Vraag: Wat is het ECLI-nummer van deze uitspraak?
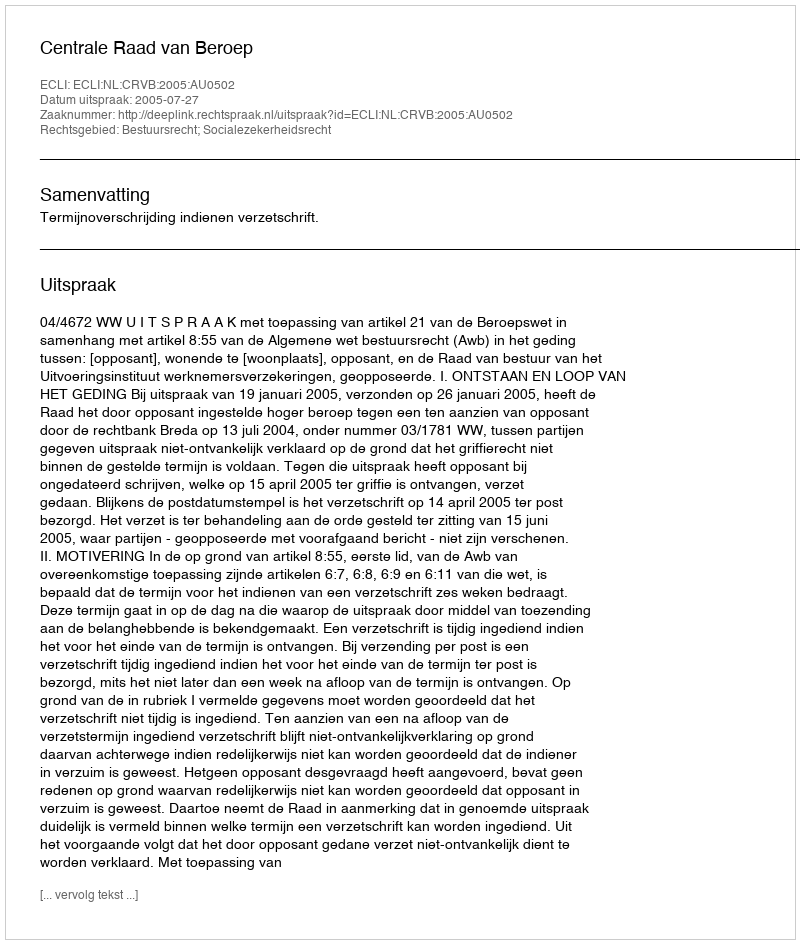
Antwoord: ECLI:NL:CRVB:2005:AU0502